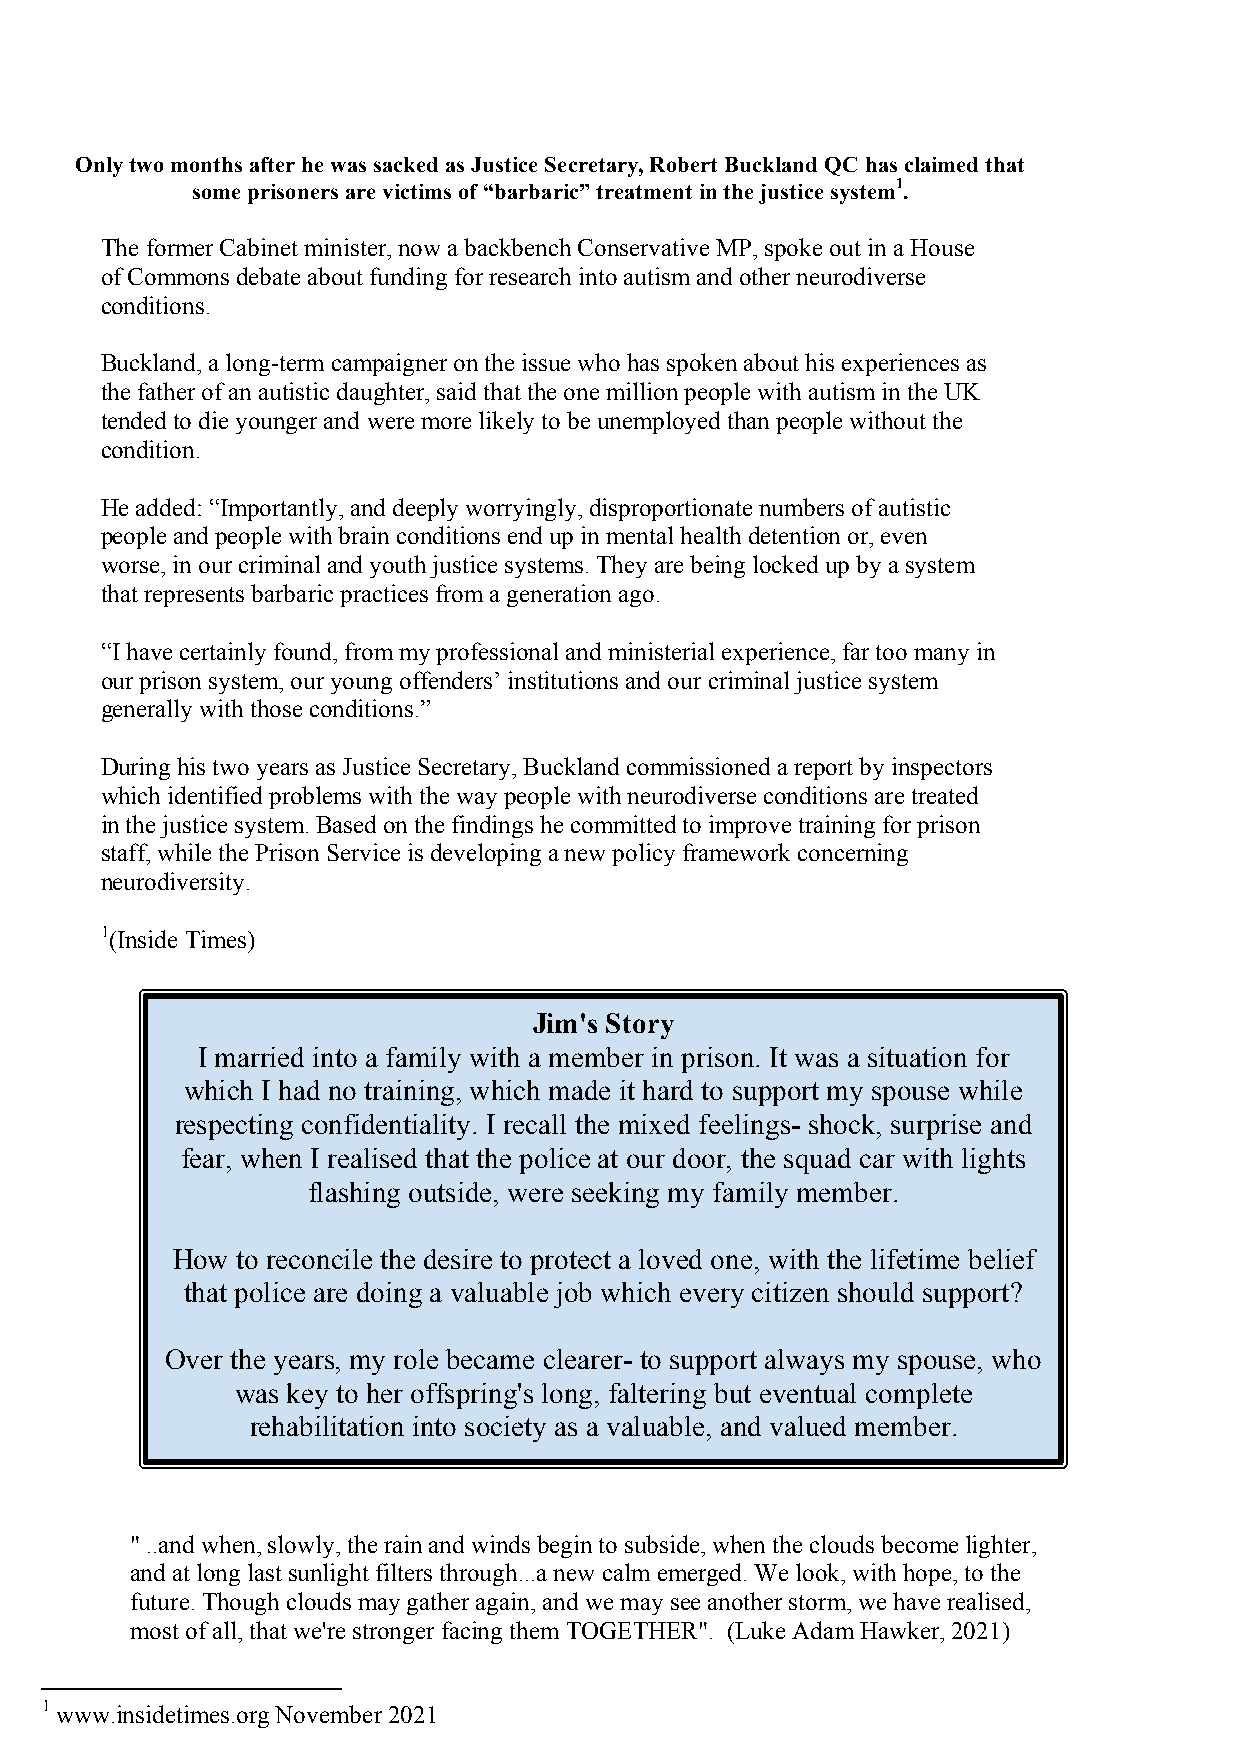
Only two months after he was sacked as Justice Secretary, Robert Buckland QC has claimed that
 some prisoners are victims of “barbaric” treatment in the justice system1.
 The former Cabinet minister, now a backbench Conservative MP, spoke out in a House
 of Commons debate about funding for research into autism and other neurodiverse
 conditions.
 Buckland, a long-term campaigner on the issue who has spoken about his experiences as
 the father of an autistic daughter, said that the one million people with autism in the UK
 tended to die younger and were more likely to be unemployed than people without the
 condition.
 He added: “Importantly, and deeply worryingly, disproportionate numbers of autistic
 people and people with brain conditions end up in mental health detention or, even
 worse, in our criminal and youth justice systems. They are being locked up by a system
 that represents barbaric practices from a generation ago.
 “I have certainly found, from my professional and ministerial experience, far too many in
 our prison system, our young offenders’ institutions and our criminal justice system
 generally with those conditions.”
 During his two years as Justice Secretary, Buckland commissioned a report by inspectors
 which identified problems with the way people with neurodiverse conditions are treated
 in the justice system. Based on the findings he committed to improve training for prison
 staff, while the Prison Service is developing a new policy framework concerning
 neurodiversity.
 1(Inside Times)
 Jim's Story
 I married into a family with a member in prison. It was a situation for
 which I had no training, which made it hard to support my spouse while
 respecting confidentiality. I recall the mixed feelings- shock, surprise and
 fear, when I realised that the police at our door, the squad car with lights
 flashing outside, were seeking my family member.
 How  to reconcile the desire to protect a loved one, with the lifetime belief
 that police are doing a valuable job which every citizen should support?
 Over the years, my role became clearer- to support always my spouse, who
 was key to her offspring's long, faltering but eventual complete
 rehabilitation into society as a valuable, and valued member.
 " ..and when, slowly, the rain and winds begin to subside, when the clouds become lighter,
 and at long last sunlight filters through...a new calm emerged. We look, with hope, to the
 future. Though clouds may gather again, and we may see another storm, we have realised,
 most of all, that we're stronger facing them TOGETHER". (Luke Adam Hawker, 2021)
 1 www.insidetimes.org November 2021